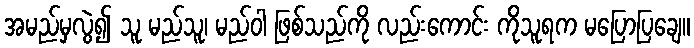
အမည်မှလွဲ၍ သူ မည်သူ၊ မည်ဝါ ဖြစ်သည်ကို လည်းကောင်း ကိုသူရက မပြောပြချေ။